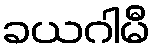
ခယဂါမီ